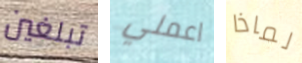
تبلغين اعملي لماذا